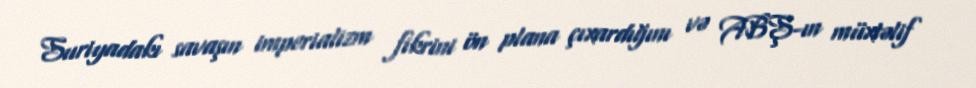
Suriyadakı savaşın imperializm fikrini ön plana çıxardığını və ABŞ-ın müxtəlif